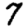
Digit: 7